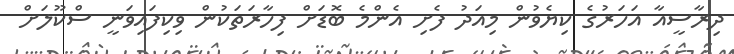
ދިރާސީއާ އަހަރުގެ ކިޔެވުން މިއަދު ފެށި އެންމެ ބޮޑަށް ފިހާރަތަކުން ވިކިފައިވަނީ ސްކޫލަށް